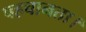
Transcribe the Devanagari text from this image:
पहचानता।